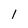
Character: l